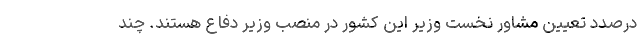
درصدد تعیین مشاور نخست وزیر این کشور در منصب وزیر دفاع هستند. چند